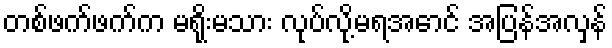
တစ်ဖက်ဖက်က မရိုးမသား လုပ်လို့မရအောင် အပြန်အလှန်